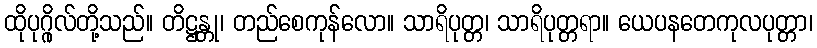
ထိုပုဂ္ဂိုလ်တို့သည်။ တိဋ္ဌန္တု၊ တည်စေကုန်လော။ သာရိပုတ္တ၊ သာရိပုတ္တရာ။ ယေပနတေကုလပုတ္တာ၊